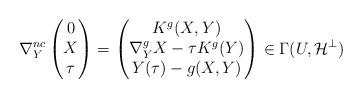
LaTeX: \begin{align*}\nabla^{nc}_Y \begin{pmatrix} 0 \\ X \\ \tau \end{pmatrix} = \begin{pmatrix} K^g(X,Y) \\ \nabla^g_Y X - \tau K^g(Y) \\ Y(\tau)-g(X,Y) \end{pmatrix} \in \Gamma(U,\mathcal{H}^{\bot})\end{align*}